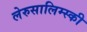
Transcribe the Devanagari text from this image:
लेरुसालिम्स्की